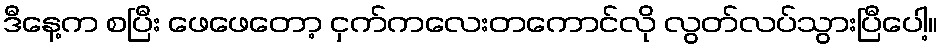
ဒီနေ့က စပြီး ဖေဖေတော့ ငှက်ကလေးတကောင်လို လွတ်လပ်သွားပြီပေါ့။